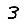
Digit: 3